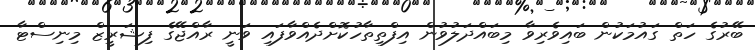
ބޭރުގެ ހަތް ގައުމަކުން ބައިވެރިވާ މިބައްދަލުވުން އިފްތިތާހުކޮށްދެއްވާފައި ވަނީ ރާއްޖޭގެ ފިޝަރީޒް މިނިސްޓާ